Vaccination in Bombay 1913-1923 - 1913-1923
Year: 1913
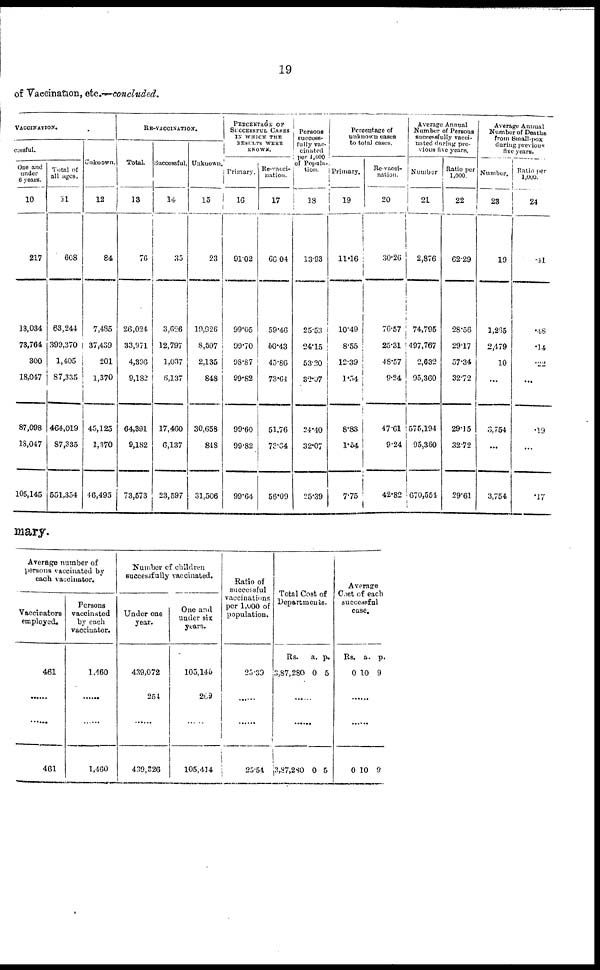
19
of Vaccination, etc. —concluded.
VACCINATION.
cessful.
One and
tinder
6 years.
10
217
13,034
73,764
300
18,047
87,098
18,047
105,145
Total of
all ages.
11
608
63,244
399,370
1,405
87,335
464,019
87,335
551,354
Unknown.
12
84
7,435
37,439
201
1,370
45,125
1,370
46,495
RE-VACCINATION.
Total.
13
76
26,024
33,971
4,396
9,182
64,391
9,182
73,573
Successful.
14
35
3,626
12,797
1,037
6,137
17,460
6,137
23,597
Unknown.
15
23
19,926
8,597
2,135
848
30,658
848
31,506
PERCENATGE OF
SUCCESSFUL CASES
IN WHICH THE
RESULTS WERE
KNOWN.
Primary.
16
91.02
99.05
99.70
98.87
99.82
99.60
99.82
99.64
Re-vacci¬
nation.
17
60.04
59.46
50.43
45.86
73.64
51.76
73.64
56.09
Persons
success¬
fully vac-
cinated
per 1,000
of Popula-
tion.
18
13.93
25.53
24.15
53.20
32.07
24.40
32.07
25.39
Percentage of
unknown cases
to total cases.
Primary.
19
11.16
10.49
8.55
12.39
1.54
8.83
1.54
7.75
Re-vacci-
nation.
20
30.26
76.57
25.31
48.57
9.24
47.61
9.24
42.82
Average Annual
Number of Persons
successfully vacci-
nated during pre-
vious live years.
Number
21
2,876
74,795
497,767
2,632
95,360
575,194
95,360
670,554
Ratio per
1,000.
22
62.29
28.56
29.17
57.34
32.72
29.15
32.72
29.61
Average Annual
Number of Deaths
from Small-pox
during previous
five years.
Number.
23
19
1,265
2,479
10
...
3,754
...
3,754
Ratio per
1,000.
24
.41
.48
.14
.22
...
.19
...
.17
mary.
Average number of
persons vaccinated by
each vaccinator.
Vaccinators
employed.
461
......
461
Persons
vaccinated
by each
vaccinator.
1,460
......
......
1,460
Number of children
successfully vaccinated.
Under one
year.
439,072
254
......
439,326
One and
under six
years.
103,145
209
......
105,414
Ratio of
successful
vaccinations
per 1,000 of
population.
23.39
......
......
25.54
Total Cost of
Departments.
Rs.
3,87,280
a.
0
p.
5
......
......
3,87,280 0 5
Average
Cost of each
successful
case.
Rs.
0
a.
10
p.
9
......
......
0 10 9